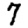
Digit: 7